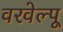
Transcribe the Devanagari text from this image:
वरवेल्पू